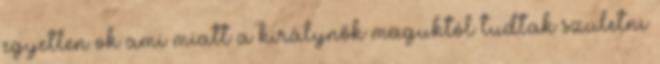
egyetlen ok ami miatt a királynők maguktól tudtak születni